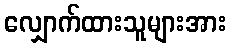
လျှောက်ထားသူများအား